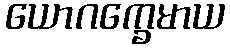
ယောဂက္ခေမာယ